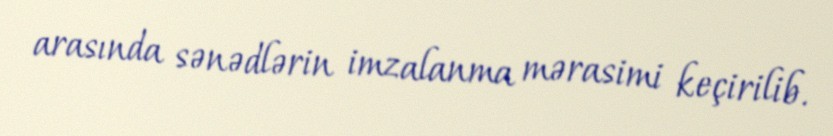
arasında sənədlərin imzalanma mərasimi keçirilib.